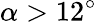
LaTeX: \alpha>12^{\circ}